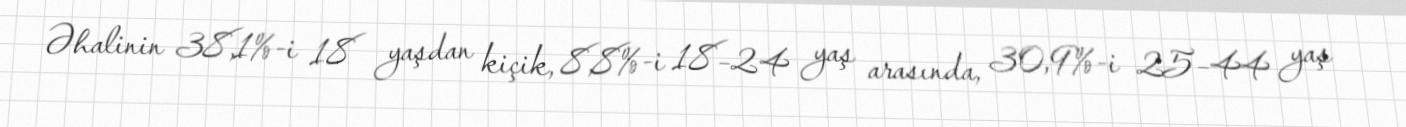
Əhalinin 38,1%-i 18 yaşdan kiçik, 8,8%-i 18–24 yaş arasında, 30,9%-i 25–44 yaş